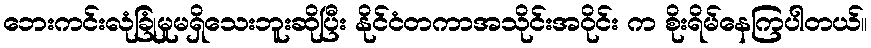
ဘေးကင်းလုံခြုံမှုမရှိသေးဘူးဆိုပြီး နိုင်ငံတကာအသိုင်းအဝိုင်း က စိုးရိမ်နေကြပါတယ်။